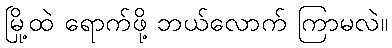
မြို့ထဲ ရောက်ဖို့ ဘယ်လောက် ကြာမလဲ။